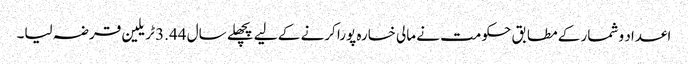
اعداد و شمار کے مطابق حکومت نے مالی خسارہ پورا کرنے کے لیے پچھلے سال 3.44 ٹریلین قرضہ لیا۔